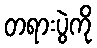
တရားပွဲကို